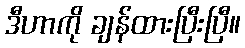
ဒီဟာကို ချန်ထားပြီးပြီ။